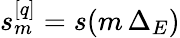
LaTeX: s_{m}^{[q]}=s(m\, \Delta_{E})